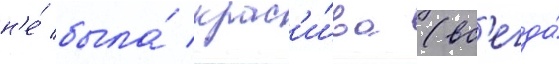
н'е́ была́ крас'и́ва (вс'егда́